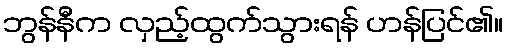
ဘွန်နီက လှည့်ထွက်သွားရန် ဟန်ပြင်၏။